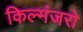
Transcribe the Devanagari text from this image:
किल्मंजरो